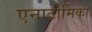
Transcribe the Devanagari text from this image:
एनाटोमिका